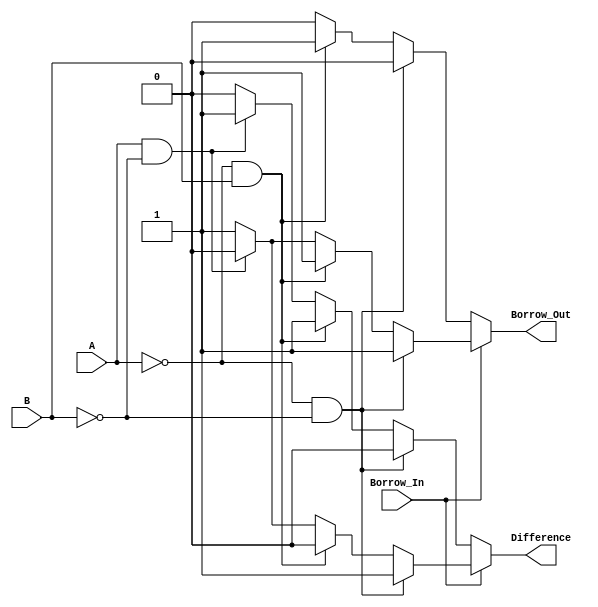
module full_subtractor (
    input A,
    input B,
    input Borrow_In,
    output Difference,
    output Borrow_Out
);

reg Difference, Borrow_Out;

always @(*) begin
    if (Borrow_In == 0) begin
        if (A == 0 && B == 0) begin
            Difference = 0;
            Borrow_Out = 0;
        end else if (A == 0 && B == 1) begin
            Difference = 1;
            Borrow_Out = 1;
        end else if (A == 1 && B == 0) begin
            Difference = 1;
            Borrow_Out = 0;
        end else begin // A == 1 && B == 1
            Difference = 0;
            Borrow_Out = 0;
        end
    end else begin // Borrow_In == 1
        if (A == 0 && B == 0) begin
            Difference = 1;
            Borrow_Out = 1;
        end else if (A == 0 && B == 1) begin
            Difference = 0;
            Borrow_Out = 1;
        end else if (A == 1 && B == 0) begin
            Difference = 0;
            Borrow_Out = 0;
        end else begin // A == 1 && B == 1
            Difference = 1;
            Borrow_Out = 1;
        end
    end
end

endmodule